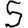
Digit: 5